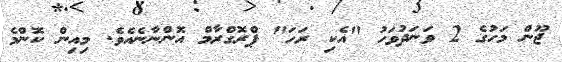
ޖޫން މަހުގެ 2 ވަނަދުވަހު "އެކި ރަހަ" ޕްރޮގްރާމް އޮންނާނެއެވެ. މިއިން ކޮންމެ